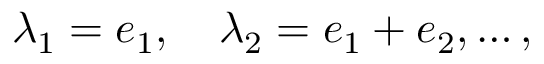
\lambda _ { 1 } = e _ { 1 } , \quad \lambda _ { 2 } = e _ { 1 } + e _ { 2 } , \ldots ,